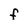
Character: F